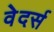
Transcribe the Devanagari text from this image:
वेदर्स